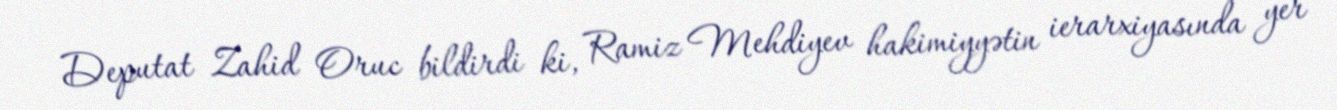
Deputat Zahid Oruc bildirdi ki, Ramiz Mehdiyev hakimiyyətin ierarxiyasında yer